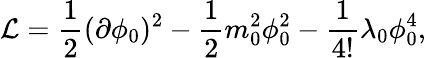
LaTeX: {\cal L}=\frac{1}{2}(\partial\phi_{0})^{2}-\frac{1}{2}m_{0}^{2}\phi_{0}^{2}-\frac{1}{4!}\lambda_{0}\phi_{0}^{4},